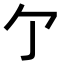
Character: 亇